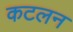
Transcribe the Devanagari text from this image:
कटलन